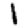
Digit: 1